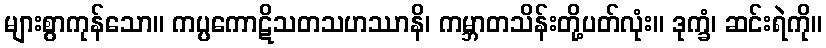
များစွာကုန်သော။ ကပ္ပကောဋိသတသဟဿာနိ၊ ကမ္ဘာတသိန်းတို့ပတ်လုံး။ ဒုက္ခံ၊ ဆင်းရဲကို။